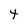
Character: 4